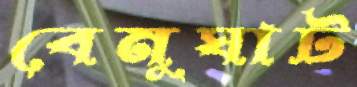
বেনুঘাট